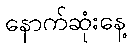
နောက်ဆုံးနေ့